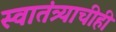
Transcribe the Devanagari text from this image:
स्वातंत्र्याचीही